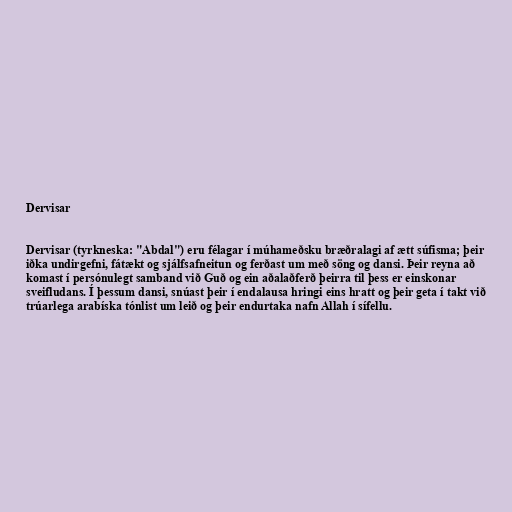
Dervisar

Dervisar (tyrkneska: "Abdal") eru félagar í múhameðsku bræðralagi af ætt súfisma; þeir
iðka undirgefni, fátækt og sjálfsafneitun og ferðast um með söng og dansi. Þeir reyna að
komast í persónulegt samband við Guð og ein aðalaðferð þeirra til þess er einskonar
sveifludans. Í þessum dansi, snúast þeir í endalausa hringi eins hratt og þeir geta í takt við
trúarlega arabíska tónlist um leið og þeir endurtaka nafn Allah í sífellu.